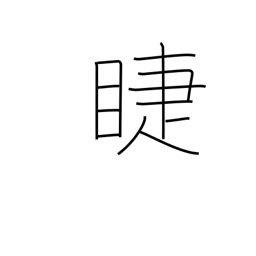
Meaning: eyelashes